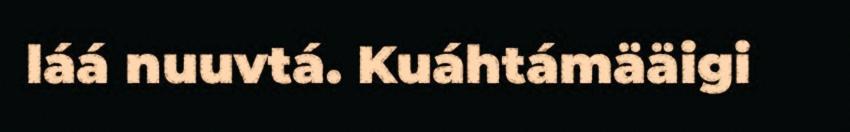
láá nuuvtá. Kuáhtámääigi